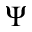
\Psi